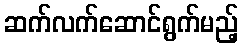
ဆက်လက်ဆောင်ရွက်မည့်